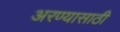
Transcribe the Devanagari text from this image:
अरण्यासाठी